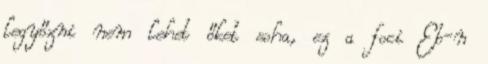
legyőzni nem lehet őket soha, ez a foci Eb-n